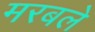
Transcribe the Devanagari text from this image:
मरबले